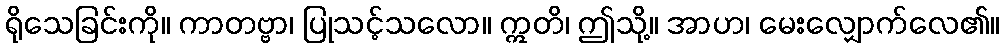
ရိုသေခြင်းကို။ ကာတဗ္ဗာ၊ ပြုသင့်သလော။ ဣတိ၊ ဤသို့။ အာဟ၊ မေးလျှောက်လေ၏။